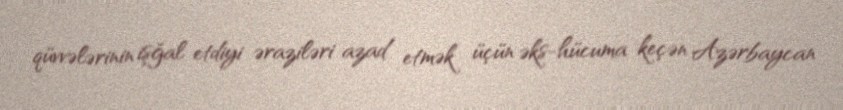
qüvvələrinin işğal etdiyi əraziləri azad etmək üçün əks-hücuma keçən Azərbaycan